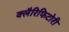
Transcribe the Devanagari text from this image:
क्लैरिफिटोरी